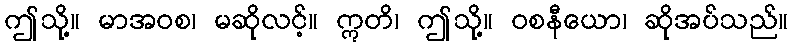
ဤသို့။ မာအဝစ၊ မဆိုလင့်။ ဣတိ၊ ဤသို့။ ဝစနီယော၊ ဆိုအပ်သည်။